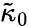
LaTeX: \tilde{\kappa}_{0}